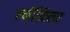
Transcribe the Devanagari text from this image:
एर्नस्विलर